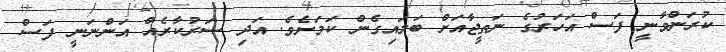
ކުރަންވާނީ ފަސް އަހަރުގެ ނަތީޖާއަށް ބަލައިގެން ކަމަށެވެ. އަދި ސަރުކާރެއް އަންނަނީ ފަސް